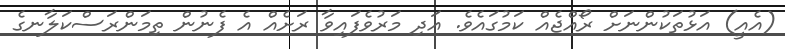
(އެއީ) އަޅުތަކުންނަށް ރޯއްޖެއް ކަމުގައެވެ. އަދި މަރުވެފައިވާ ރަށެއް އެ ފެނުން ތިމަންރަސްކަލާނގެ